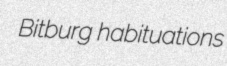
Bitburg habituations